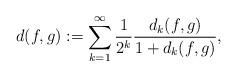
LaTeX: \begin{align*}d(f,g):=\sum_{k=1}^{\infty}\frac{1}{2^{k}}\frac{d_{k}(f,g)}{1+d_{k}(f,g)},\end{align*}